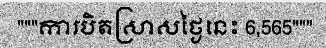
"""ការបិតស្រាសថ្ងៃនេះ 6,565"""